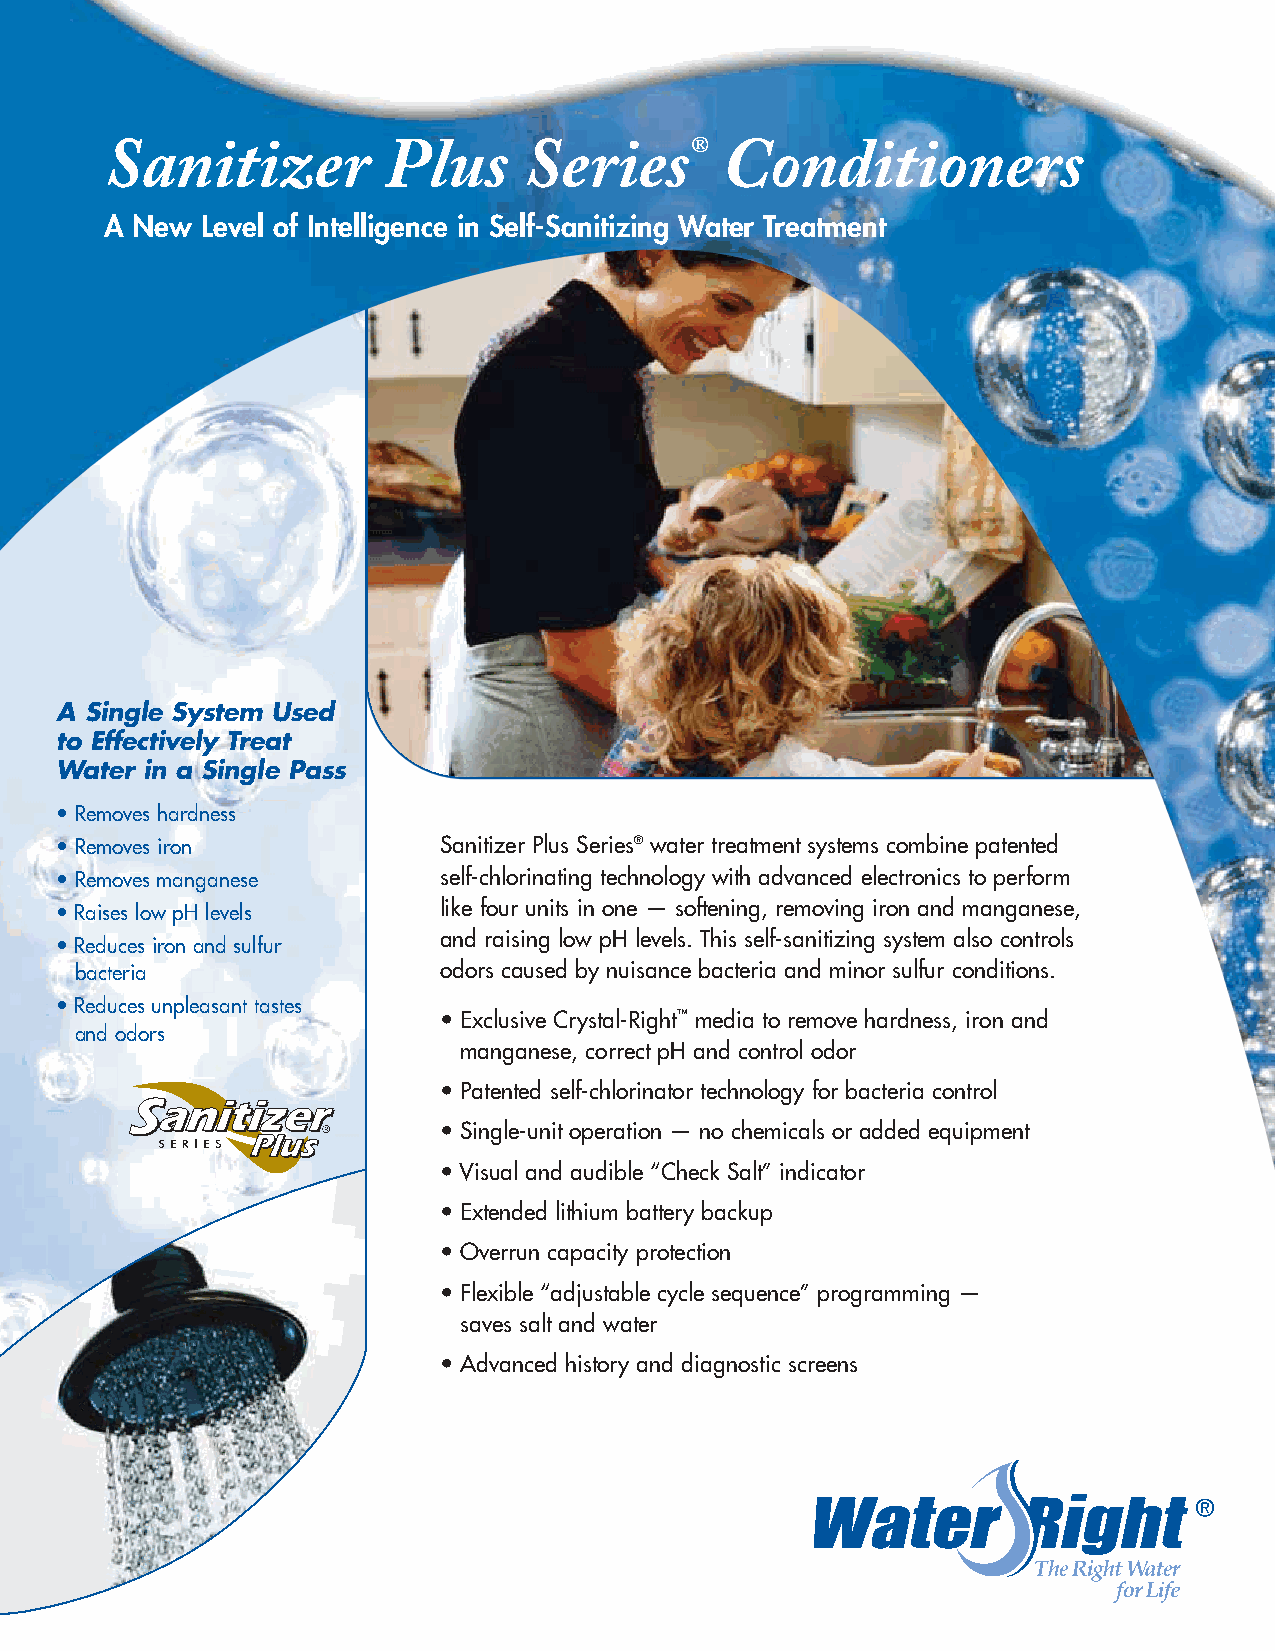
Sanitizer          Plus     Series®      Conditioners
 A New Level of Intelligence in Self-Sanitizing Water Treatment
 A Single System Used
 to Effectively Treat
 Water in a Single Pass
 • Removes hardness
 • Removes iron           Sanitizer Plus Series® water treatment systems combine patented
 • Removes manganese      self-chlorinating technology with advanced electronics to perform
 • Raises low pH levels   like four units in one — softening, removing iron and manganese,
 and raising low pH levels. This self-sanitizing system also controls
 • Reduces iron and sulfur
 bacteria                odors caused by nuisance bacteria and minor sulfur conditions.
 • Reduces unpleasant tastes
 • Exclusive Crystal-Right™ media to remove hardness, iron and
 and odors
 manganese, correct pH and control odor
 • Patented self-chlorinator technology for bacteria control
 • Single-unit operation — no chemicals or added equipment
 • Visual and audible “Check Salt” indicator
 • Extended lithium battery backup
 • Overrun capacity protection
 • Flexible “adjustable cycle sequence” programming —
 saves salt and water
 • Advanced history and diagnostic screens